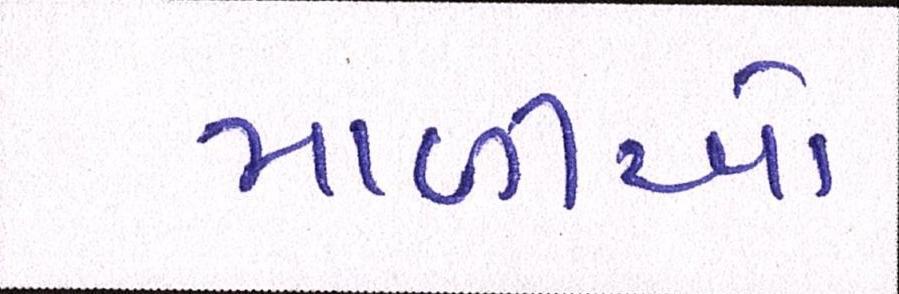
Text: માળીઓ